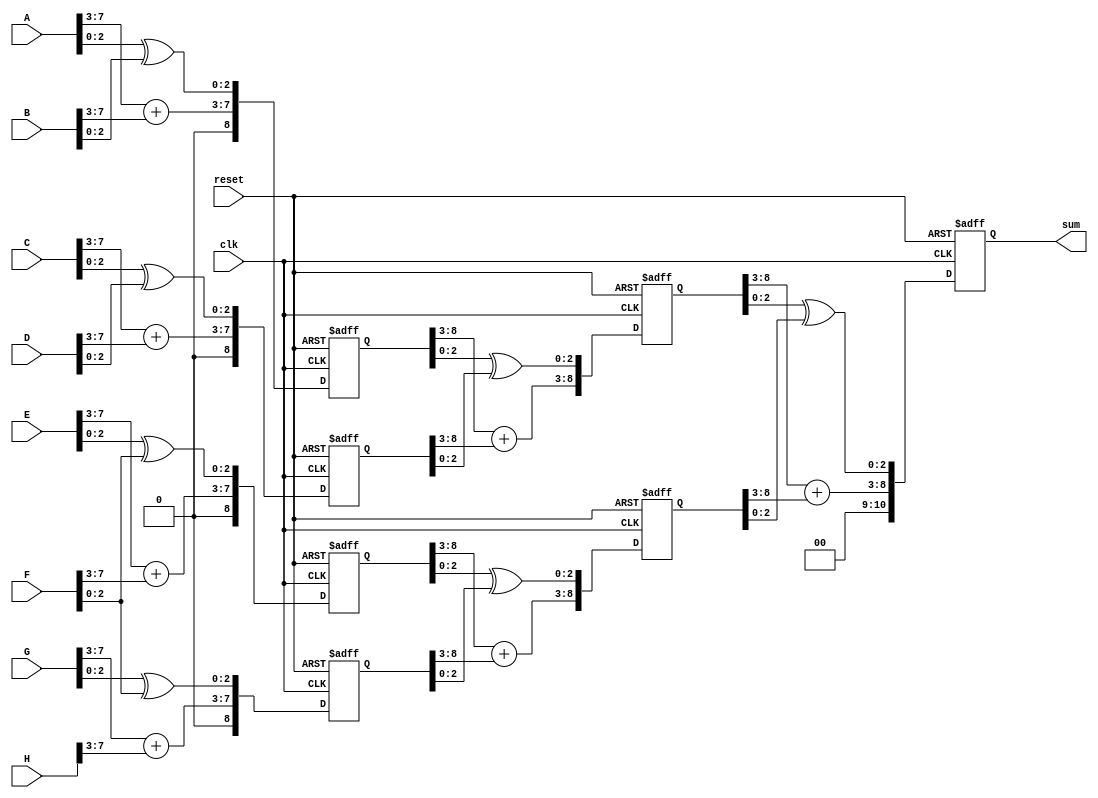
`timescale 1ns / 1ps
//////////////////////////////////////////////////////////////////////////////////
// Company: 
// Engineer: 
// 
// Design Name: 
// Module Name: adder_xor_pipeline
// Project Name: 
// Target Devices: 
// Tool Versions: 
// Description: 
// 
// Dependencies: 
// 
// Revision:
// Revision 0.01 - File Created
// Additional Comments:
// 
//////////////////////////////////////////////////////////////////////////////////


module adder_xor_pipeline(
input wire [7:0] A,B,C,D,E,F,G,H,
input wire clk,reset,
output wire [10:0]sum );
  reg [8:0] s1_reg,s1_next,s2_reg,s2_next,s3_reg,s3_next,s4_reg,s4_next;
  reg [9:0] s5_reg,s5_next,s6_reg,s6_next;
  reg [10:0] f1_reg,f1_next;
always@(posedge clk,posedge reset)
if(reset)
begin
s1_reg<=0;
s2_reg<=0;
s3_reg<=0;
s4_reg<=0;
s5_reg<=0;
s6_reg<=0;
f1_reg<=0;
end
else
begin
s1_reg<=s1_next;
s2_reg<=s2_next;
s3_reg<=s3_next;
s4_reg<=s4_next;
s5_reg<=s5_next;
s6_reg<=s6_next;
f1_reg<=f1_next;
end

always@*
begin
s1_next = s1_reg;
s2_next = s2_reg;
s3_next = s3_reg;
s4_next = s4_reg;
s5_next = s5_reg;
s6_next = s6_reg;
f1_next = f1_reg;
s1_next = {A[7:3]+B[7:3],(A[2:0]^B[2:0])};
s2_next = {C[7:3]+D[7:3],(C[2:0]^D[2:0])};
s3_next = {E[7:3]+F[7:3],(E[2:0]^F[2:0])};
s4_next = {G[7:3]+H[7:3],(G[2:0]^F[2:0])};
s5_next = {s1_reg[8:3]+s2_reg[8:3],s1_reg[2:0]^s2_reg[2:0]};
s6_next = {s3_reg[8:3]+s4_reg[8:3],s3_reg[2:0]^s4_reg[2:0]};
f1_next = {s5_reg[8:3]+s6_reg[8:3],s5_reg[2:0]^s6_reg[2:0]};


end
assign sum = f1_reg;
endmodule